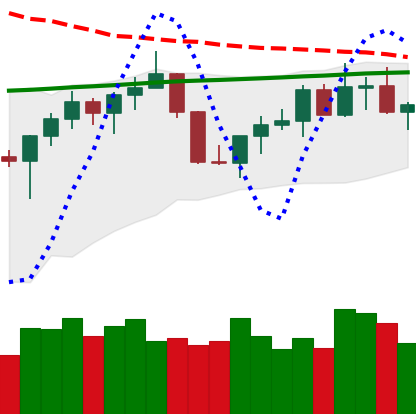
Ticker: TRX-USD
Chart end date: 2022-07-21
Forward return: -3.958%
Label: down_3_5